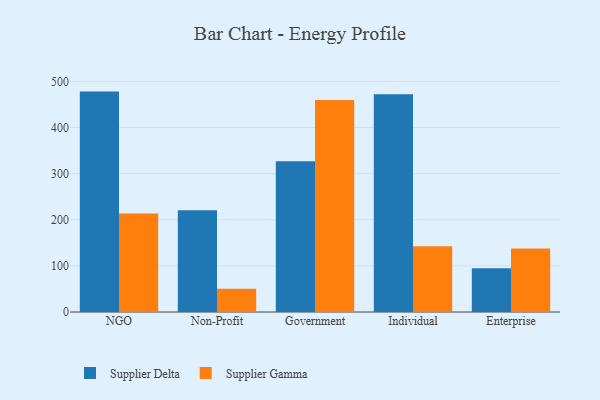
{"axis": {"x": "Segment", "y": "Shipments"}, "legend": ["Supplier Delta", "Supplier Gamma"], "data": [{"x": "NGO", "y": 477.8, "type": "Supplier Delta"}, {"x": "NGO", "y": 213.7, "type": "Supplier Gamma"}, {"x": "Non-Profit", "y": 220.6, "type": "Supplier Delta"}, {"x": "Non-Profit", "y": 50.2, "type": "Supplier Gamma"}, {"x": "Government", "y": 326.9, "type": "Supplier Delta"}, {"x": "Government", "y": 459.5, "type": "Supplier Gamma"}, {"x": "Individual", "y": 471.9, "type": "Supplier Delta"}, {"x": "Individual", "y": 142.5, "type": "Supplier Gamma"}, {"x": "Enterprise", "y": 95.1, "type": "Supplier Delta"}, {"x": "Enterprise", "y": 137.9, "type": "Supplier Gamma"}]}